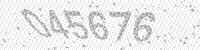
Solution: 045676